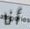
أنا